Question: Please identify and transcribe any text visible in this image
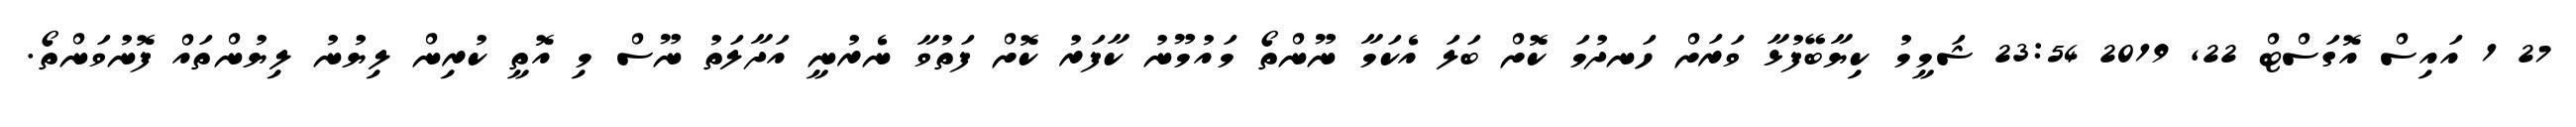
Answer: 27 1 އައިސް އޮގަސްޓް 22, 2019 23:54 ޝަމީމު ކިޔާބޭފުޅާ ވަރަށް ހަނދުމަ ކޮށް ބަލަ އެކަމާ ނޫންތޯ މައުމޫނު ކާފަރު ކޮށް ފަތުވާ ނެރުނީ އަދާލަތު ނޫސް މި އޮތީ ކުރިން ލިޔުނު ލިޔުންތައް ފޮނުވަންތޯ.